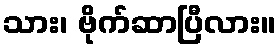
သား၊ ဗိုက်ဆာပြီလား။